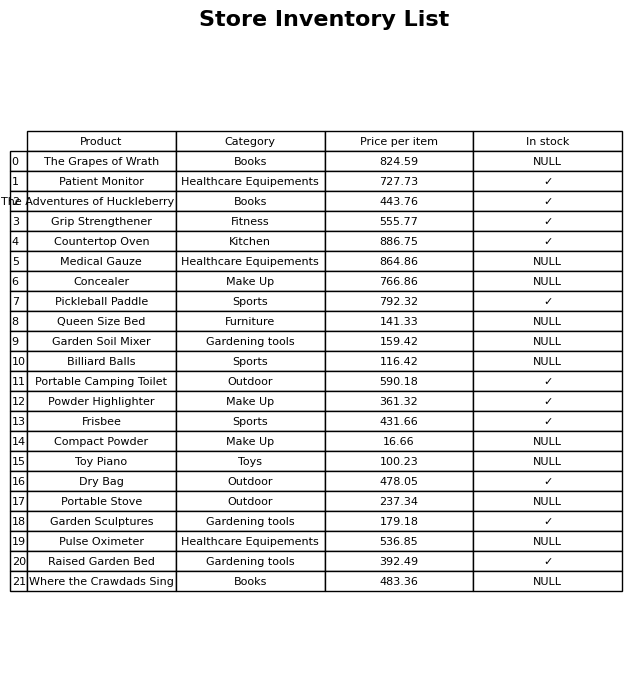
question: What is the price of the Countertop Oven?
answer: The price of Countertop Oven is 886.75.